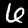
Label: 6